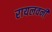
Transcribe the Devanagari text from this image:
रायलवनी